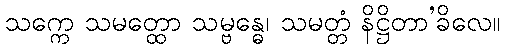
သက္ကေ သမတ္ထော သမ္ဗန္ဓေ၊ သမတ္တံ နိဋ္ဌိတာ’ခိလေ။